Report on the treatment of epidemic cholera: from information collected by the governments of Bengal, Madras, Bombay, N.W. Provinces, Punjab, Oudh, and Central India, by order of the Government of India
Disease focus: Cholera
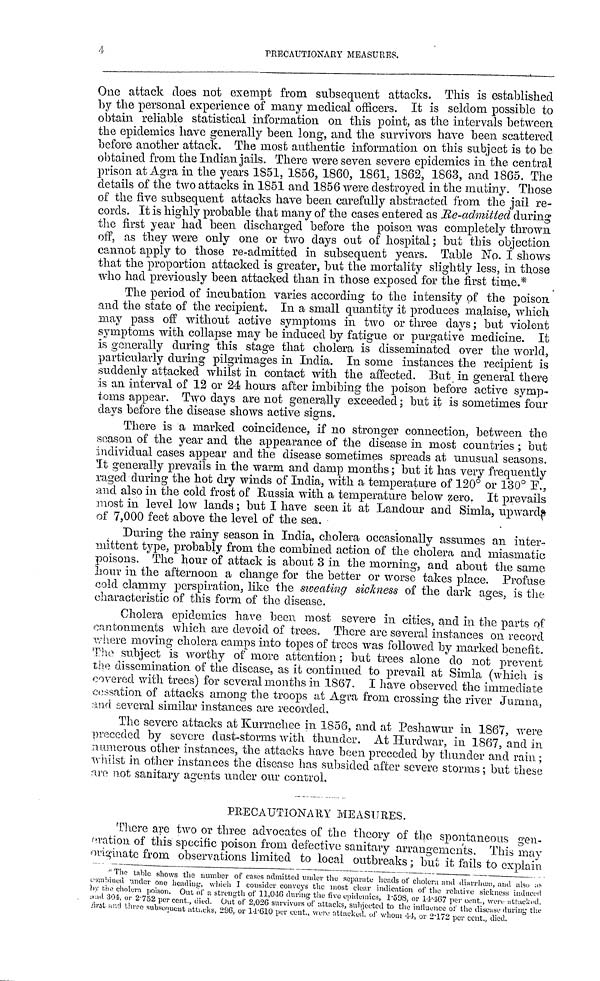
4
PRECAUTIONARY MEASURES.
One attack does not exempt from subsequent attacks. This is established
by the personal experience of many medical officers. It is seldom possible to
obtain reliable statistical information on this point, as the intervals between
the epidemics have generally been long, and the survivors have been scattered
before another attack. The most authentic information on this subject is to be
obtained from the Indian jails. There were seven severe epidemics in the central
prison at Agra in the years 1851, 1856, 1860, 1861, 1862, 1863, and 1865. The
details of the two attacks in 1851 and 1856 were destroyed in the mutiny. Those
of the five subsequent attacks have been carefully abstracted from the jail re-
cords. It is highly probable that many of the cases entered as Re-admitted during
the first year had been discharged before the poison was completely thrown
off, as they were only one or two days out of hospital ; but this objection
cannot apply to those re-admitted in subsequent years. Table No. I shows
that the proportion attacked is greater, but the mortality slightly less, in those
who had previously been attacked than in those exposed for the first time.*
The period of incubation varies according to the intensity of the poison
and the state of the recipient. In a small quantity it produces malaise, which
may pass off without active symptoms in two or three days ; but violent
symptoms with collapse may be induced by fatigue or purgative medicine. It
is generally during this stage that cholera is disseminated over the world,
particularly during pilgrimages in India. In some instances the recipient is
suddenly attacked whilst in contact with the affected. But in general there
is an interval of 12 or 24 hours after imbibing the poison before active symp-
toms appear. Two days are not generally exceeded ; but it is sometimes four
days before the disease shows active signs.
There is a marked coincidence, if no stronger connection, between the
season of the year and the appearance of the disease in most countries ; but
individual cases appear and the disease sometimes spreads at unusual seasons,
'It generally prevails in the warm and damp months ; but it has very frequently
raged during the hot dry winds of India, with a temperature of 120° or 130° F.,
and also in the cold frost of Russia with a temperature below zero. It prevails
most in level low lands ; but I have seen it at Landour and Simla, upwards
of 7,000 feet above the level of the sea.
During the rainy season in India, cholera occasionally assumes an inter-
mittent type, probably from the combined action of the cholera and miasmatic
poisons. The hour of attack is about 3 in the morning, and about the same
hour in the afternoon a change for the better or worse takes place. Profuse
cold clammy perspiration, like the sweating sickness of the dark ages, is the
characteristic of this form of the disease.
Cholera epidemics have been, most severe in cities, and in the parts of
onntonnients which are devoid of trees. There are several instances on record
where moving cholera camps into topes of trees was followed by marked benefit-
The subject is worthy of more attention ; but trees alone do not prevent
the dissemination of the disease, as it continued to prevail at Simla (which is
covered with trees) for several months in 1867. I have observed the immediate
cessation of attacks among the troops at Agra from crossing the river Jumna,
and several similar instances are recorded.
The severe attacks at Kurrachee in 1856, and at Peshawur in 1867, were
preceded by severe dust-storms with thunder. At Hurdwar, in 1867, and in
numerous other instances, the attacks have been preceded by thunder and rain ;
whilst in other instances the disease has subsided after severe storms ; but these
are not sanitary agents under our control.
PRECAUTIONARY MEASURES.
There are two or three advocates of the theory of the spontaneous gen-
eration of this specific poison from defective sanitary arrangements. This may
originate from observations limited to local outbreaks ; but it fails to explain
The table shows the number of oases admitted under the separate heads of cholera and diarrhœa and also as
combined under one heading, which I consider conveys the most clear indication of the relative sickness induced
and 304, or 2 . 752 per cent. Out of a strength of 11,046 during the five epidenies, 1.598, or 14.467 per cent., were attached
and 304, or 2.752 per cent. died. Out of 2,026 survivors of attacks, subjected to the influence of the disease during the
first and three subsequent attacks, 296, or 14 . 610 per cent., were attacked, of whom 44, or 2.172 per cent., died